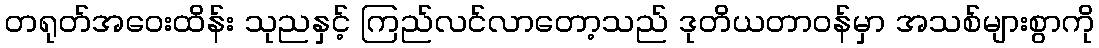
တရုတ်အဝေးထိန်း သုညနှင့် ကြည်လင်လာတော့သည် ဒုတိယတာဝန်မှာ အသစ်များစွာကို